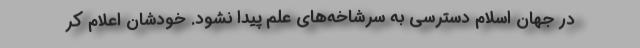
در جهان اسلام دسترسی به سرشاخه‌های علم پیدا نشود. خودشان اعلام کر